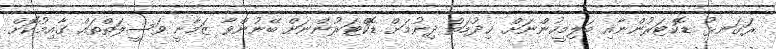
ރަގަނޅު ޑޮކްޓަރުންނާއި ބަލިމީހުންނަށް ޚިދުމަތް ދިނުމަށް ޑޮކްޓަރުންނަށް ބޭނުންވާ ޒަމާނީ ވަސީލަތްތައް ގާއިމުކޮށް